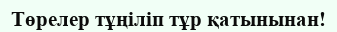
Төрелер тұңiлiп тұр қатынынан!